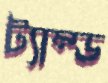
ট্যাম্ড